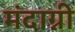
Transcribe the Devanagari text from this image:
मंदाग्नी